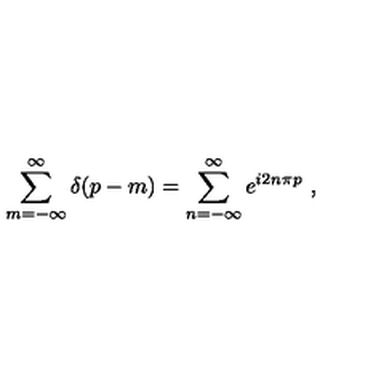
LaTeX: \sum _ { m = - \infty } ^ { \infty } \delta \! \left( p - m \right) = \sum _ { n = - \infty } ^ { \infty } e ^ { i 2 n \pi p } \ ,